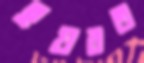
হযরত